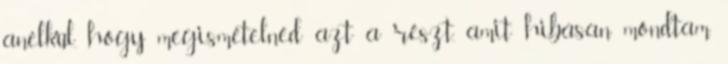
anélkül, hogy megismételnéd azt a részt, amit hibásan mondtam.